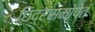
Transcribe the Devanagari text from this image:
छिद्रसमोपेतं